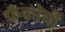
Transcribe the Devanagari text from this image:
फ्रँकोची